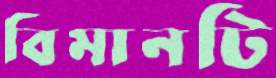
বিমানটি